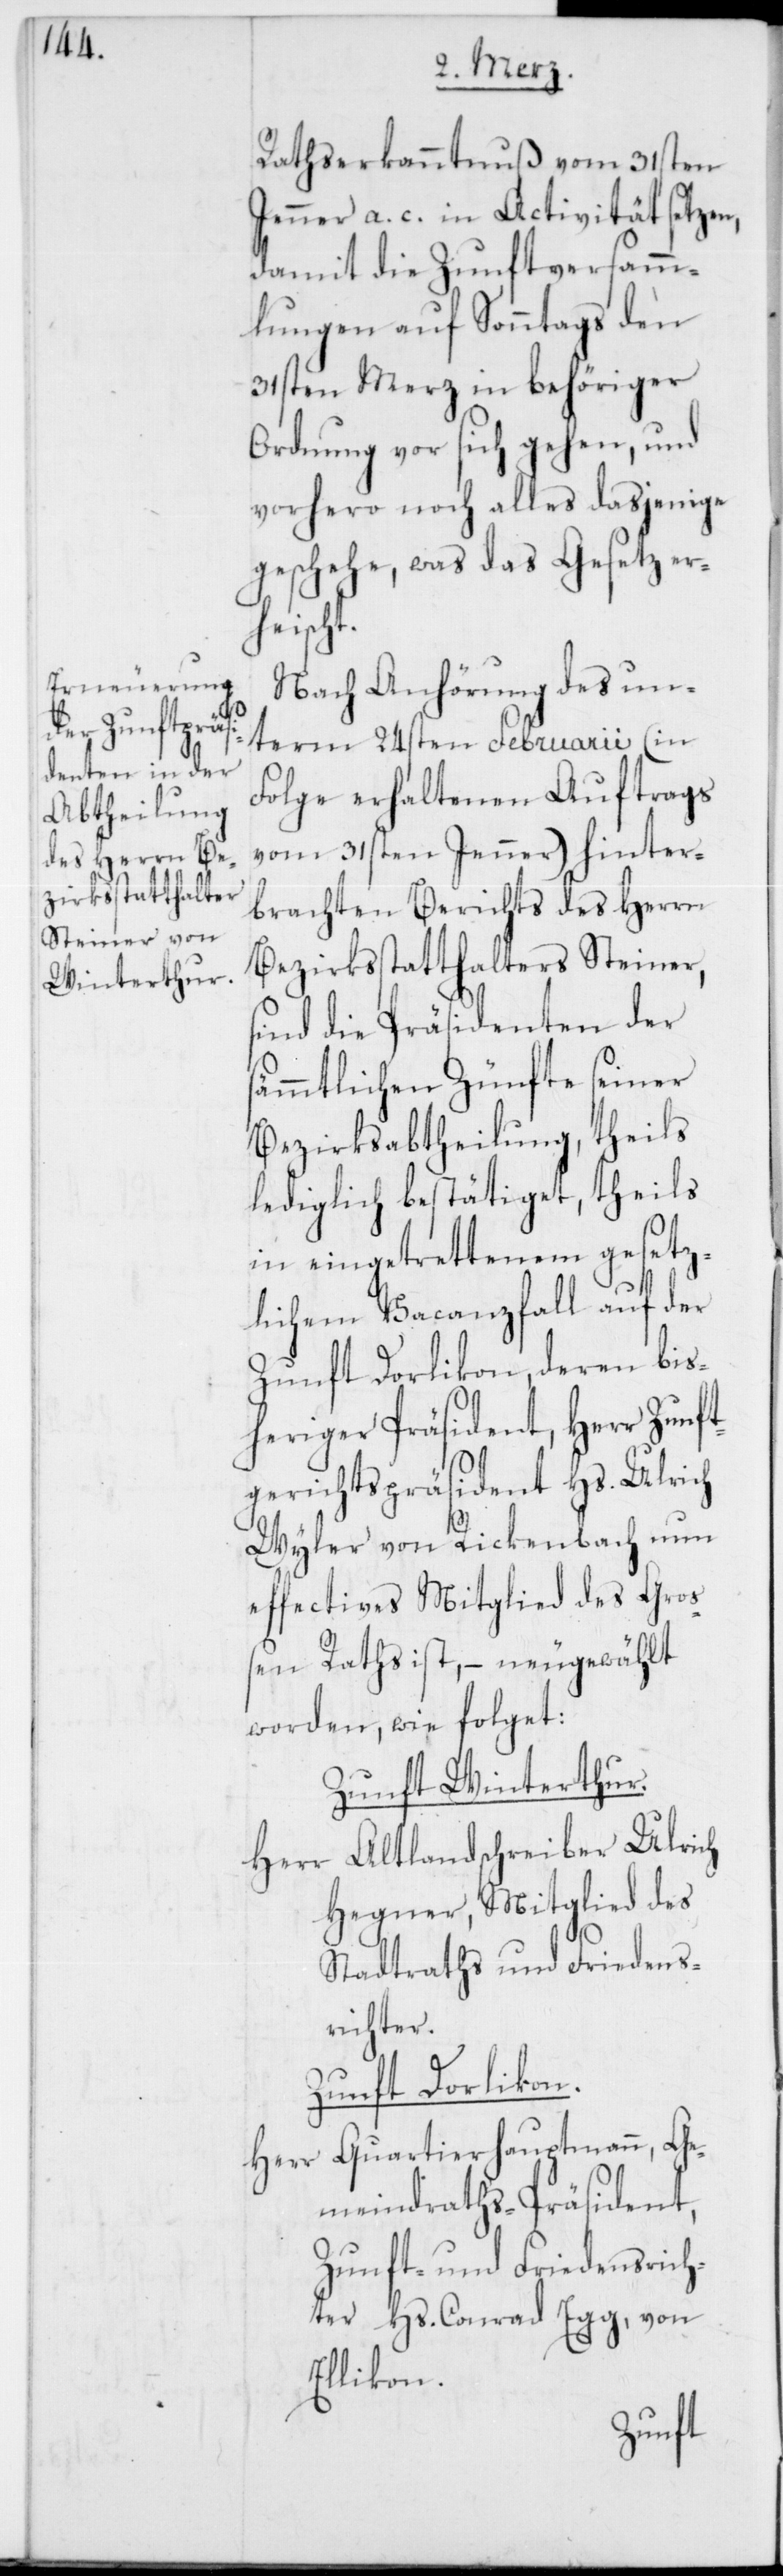
Rathserkanntnuß vom 31sten
Jenner a. c. in Activität setzen,
damit die Zunftversamm¬
lungen auf Sonntags den
31sten Merz in behöriger
Ordnung vor sich gehen, und
vorhero noch alles dasjenige
geschehe, was das Gesetz er¬
heischt.
Nach Anhörung des un¬
term 24sten Februarii (in
Folge erhaltenen Auftrags
vom 31sten Jenner) hinter¬
brachten Berichts des Herrn
Bezirksstatthalters Steiner,
sind die Präsidenten der
sämmtlichen Zünfte seiner
Bezirksabtheilung, theils
lediglich besätiget, theils
in eingetrettenem gesetz¬
lichem Vacanzfall auf der
Zunft Dorlikon, deren bis¬
heriger Präsident, Herr Zunft¬
gerichtspräsident Hs. Ulrich
Wyler von Rickenbach nun
effectives Mitglied des Gro¬
ßen Raths ist, – neugewählt
worden, wie folget:
Zunft Winterthur.
Altlandschreiber Ulrich
Hegner, Mitglied des
Stadtraths und Friedens¬
richter.
Zunft Dorlikon.
Quartierhauptmann, Ge¬
Herr
meindraths-Präsident,
Zunft- und Friedensrich¬
ter Hs. Conrad Egg, von
Ellikon.